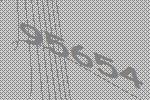
95654